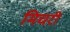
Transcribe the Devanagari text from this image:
मिचरी